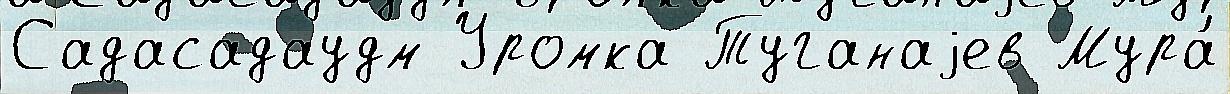
Садасадаудм Уромка Туганаjев Мура́